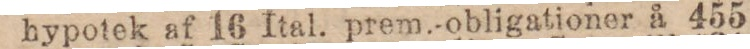
hypotek af 16 Ital. prem.-obligationer å 455